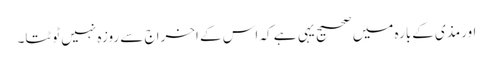
اورمذی کےبارہ میں صحیح یہی ہے کہ اس کے اخراج سے روزہ نہیں ٹوٹتا۔